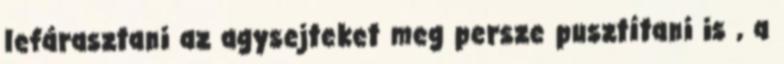
lefárasztani az agysejteket meg persze pusztítani is , a